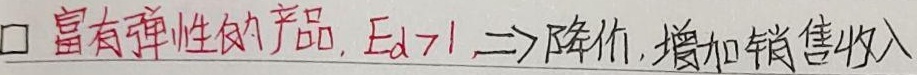
富有弹性的产品，$E_d>1 \Rightarrow$降价，增加销售收入